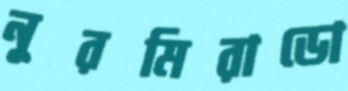
নুরমিরাডো